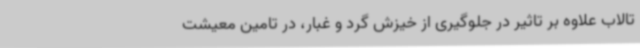
تالاب علاوه بر تاثیر در جلوگیری از خیزش گرد و غبار، در تامین معیشت